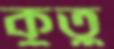
কুতু